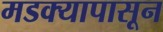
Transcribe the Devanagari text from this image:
मडक्यापासून